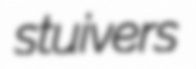
stuivers